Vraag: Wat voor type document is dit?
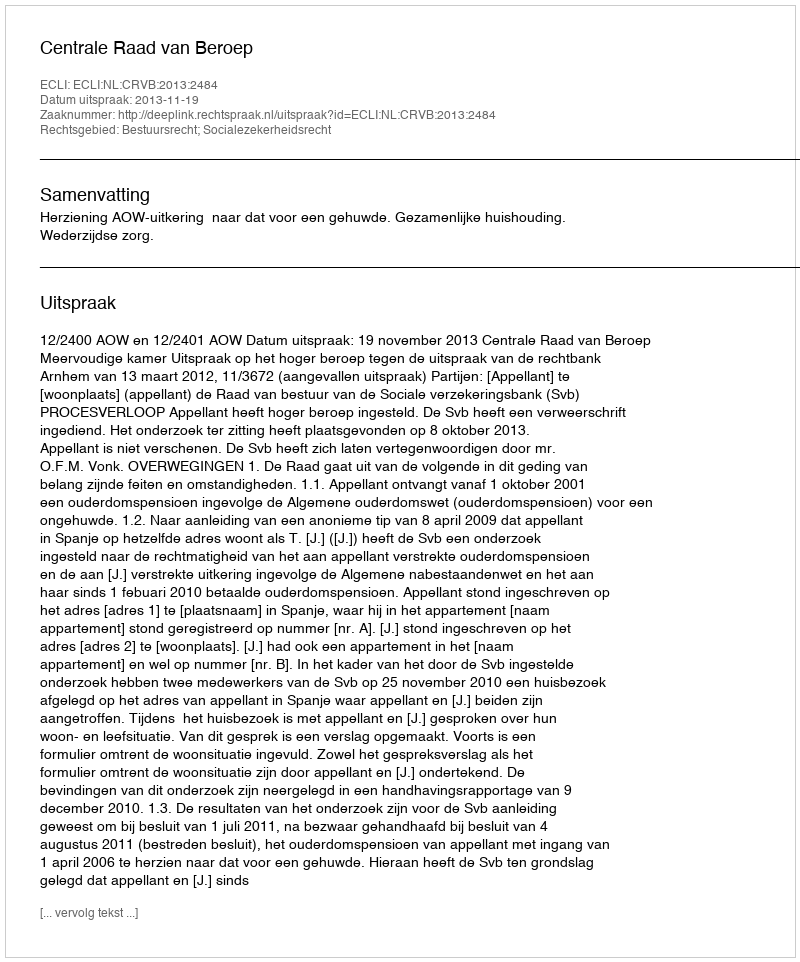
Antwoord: Uitspraak